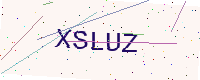
Text: XSLUZ